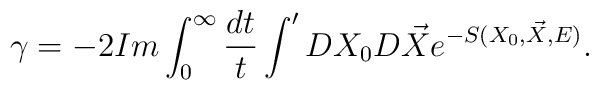
\gamma=-2 Im\int_{0}^{\infty}\frac{dt}{t}\int' DX_{0}D\vec{X}e^{-S(X_{0},\vec{X},E)}.